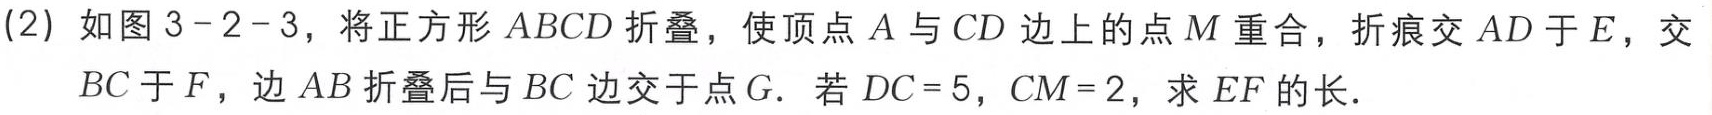
(2) 如图3 - 2 - 3，将正方形 \(ABCD\) 折叠，使顶点 \(A\) 与 \(CD\) 边上的点 \(M\) 重合，折痕交 \(AD\) 于 \(E\)，交 \(BC\) 于 \(F\)，边 \(AB\) 折叠后与 \(BC\) 边交于点 \(G\)。若 \(DC = 5\)，\(CM = 2\)，求 \(EF\) 的长。